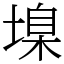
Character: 㙞